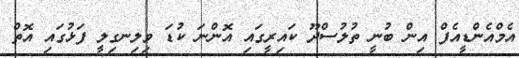
އެމްއެންޑީއެފް އިން ބުނީ ތުލުސްދޫ ކައިރީގައި އޮންނަ ކުޑަ ވިލިނގިލީ ފަޅުގައި އޮތް